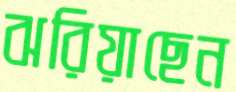
ঝরিয়াছেন